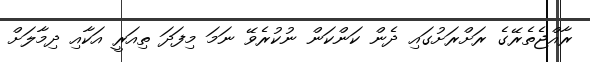
ރާއްޖެތެރޭގެ ރަށްރަށުގައި ދެން ކަންކަން ނުކުރެވޭ ނަމަ މިފަދަ ތިއަރީ އަކާއި ދިމާލަށް